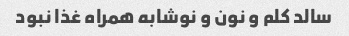
سالد کلم و نون و نوشابه همراه غذا نبود